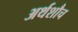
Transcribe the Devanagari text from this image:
अर्थशौच